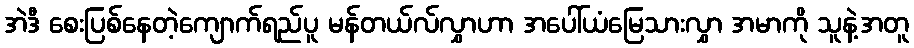
အဲဒီ စေးပြစ်နေတဲ့ကျောက်ရည်ပူ မန်တယ်လ်လွှာဟာ အပေါ်ယံမြေသားလွှာ အမာကို သူနဲ့အတူ